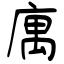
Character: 庽